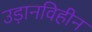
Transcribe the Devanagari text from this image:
उड़ानविहीन